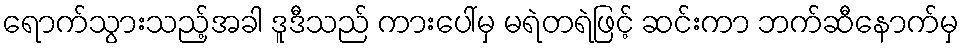
ရောက်သွားသည့်အခါ ဒူဒီသည် ကားပေါ်မှ မရဲတရဲဖြင့် ဆင်းကာ ဘက်ဆီနောက်မှ